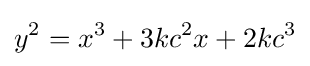
y^{2}=x^{3}+3kc^{2}x+2kc^{3}